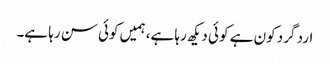
ارد گرد کون ہے کو ئی دیکھ رہا ہے، ہمیں کوئی سن رہا ہے۔